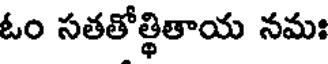
ఓం సతతోత్థితాయ నమః